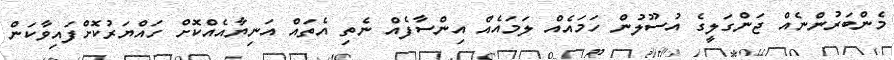
މެންބަރުންނެއް ޖަންގަލީގެ އުސޫލުން ހަމައެއް ލަމައެއް އިންސާފެއް ނެތި އެތައް އަނިޔާއެއްކޮށް ހައްޔަރުކޮށްފައިވާކަން